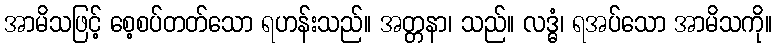
အာမိသဖြင့် စေ့စပ်တတ်သော ရဟန်းသည်။ အတ္တနာ၊ သည်။ လဒ္ဓံ၊ ရအပ်သော အာမိသကို။